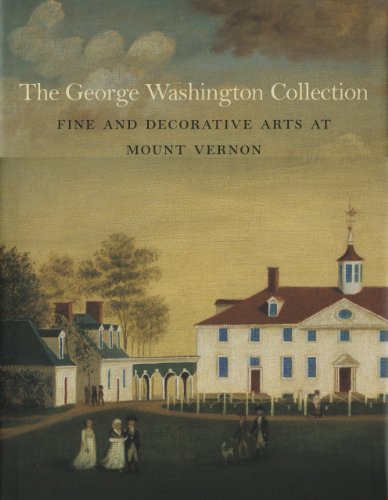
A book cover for The George Washington Collection: Fine and Decorative Arts at Mount Vernon; Carol Borchert Cadou; Humor & Entertainment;